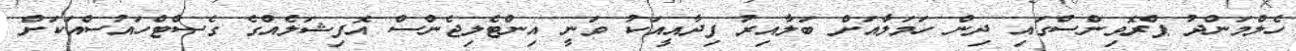
ހެލްމަންދު ޕްރޮވިންސްގައި ދިން ހަމަލާއަށް ބަލާއިރު ފިދާއީއަކު ވަނީ އިންޓެލިޖެންސް އޮފިޝަލެއްގެ ގެސްޓްހައުސްއަކަަށް